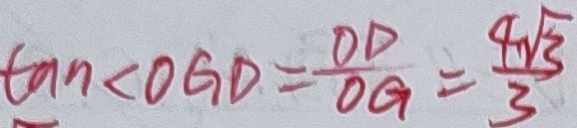
\tan \angle O G D = \frac { O D } { O G } = \frac { 4 \sqrt { 3 } } { 3 }